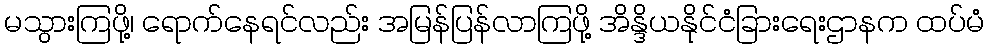
မသွားကြဖို့၊ ရောက်နေရင်လည်း အမြန်ပြန်လာကြဖို့ အိန္ဒိယနိုင်ငံခြားရေးဌာနက ထပ်မံ